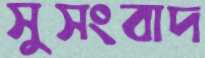
সুসংবাদ